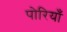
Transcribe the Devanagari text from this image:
पोरियाँ